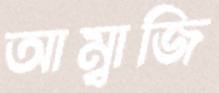
আম্বাজি